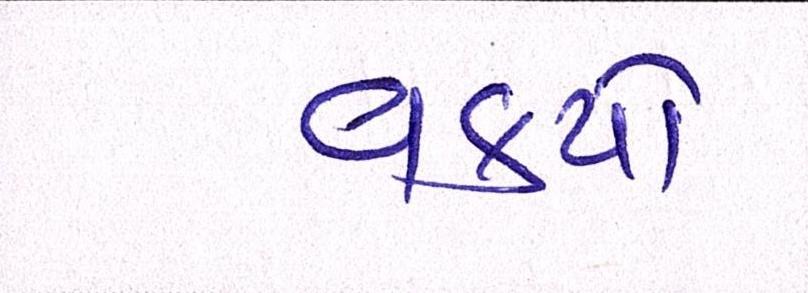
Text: વકર્યો